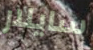
سايلار